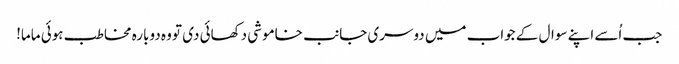
جب اُسے اپنے سوال کے جواب میں دوسری جانب خاموشی دکھائی دی تو وہ دوبارہ مخاطب ہوئی ماما!